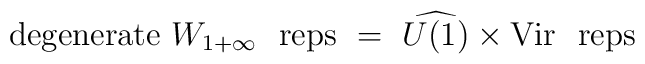
\mathrm{degenerate}\ W_{1+\infty }\ \ \mathrm{reps}\ =\ \widehat{U(1)}\times \mathrm{Vir}\ \ \mathrm{reps}\